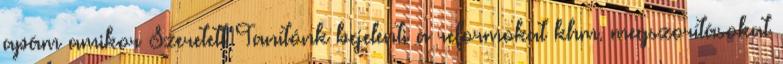
apám amikor Szeretett Tanítónk bejelenti a reformokat khm. megszorításokat